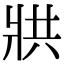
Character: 𭷄